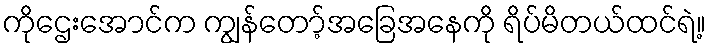
ကိုဌေးအောင်က ကျွန်တော့်အခြေအနေကို ရိပ်မိတယ်ထင်ရဲ့။